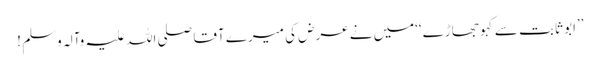
’’ابو ثابت سے کہو جھاڑے‘‘میں نے عرض کی میرے آقا صلی اللہ علیہ وآلہ وسلم !